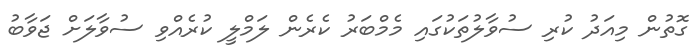
ގޮތުން މިއަދު ކުރި ސުވާލުތަކުގައި މެމްބަރު ކެރެން ލަމްލީ ކުރެއްވި ސުވާލަށް ޖަވާބު